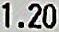
1.20